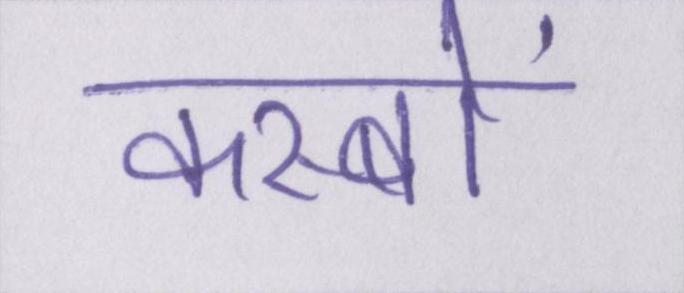
कस्बों